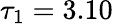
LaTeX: \tau_{1}=3.10